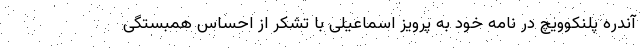
آندره پلنکوویچ در نامه خود به پرویز اسماعیلی با تشکر از احساس همبستگی